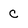
Character: C